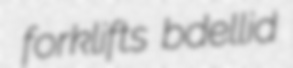
forklifts bdellid